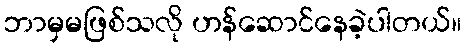
ဘာမှမဖြစ်သလို ဟန်ဆောင်နေခဲ့ပါတယ်။